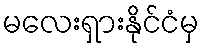
မလေးရှားနိုင်ငံမှ